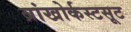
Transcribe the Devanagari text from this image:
ब्रांखोर्कस्टसूट